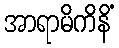
အာရာမိကိနိံ